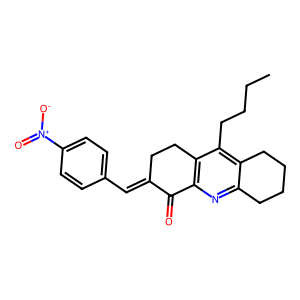
SMILES: CCCCc1c2c(nc3c1CCC(=Cc1ccc([N+](=O)[O-])cc1)C3=O)CCCC2
Inhibits HIV replication: No